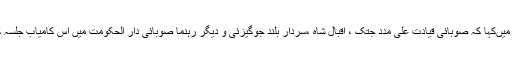
انہوں نے یہاں جاری ہونے والے بیان میںکہا کہ صوبائی قیادت علی مدد جتک ، اقبال شاہ ،سردار بلند جوگیزئی و دیگر رہنما صوبائی دار الحکومت میں اس کامیاب جلسہ کے انعقاد پرمبارکبادکے مستحق ہیں ۔